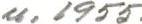
u. 1955